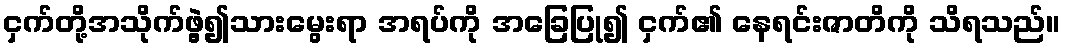
ငှက်တို့အသိုက်ဖွဲ့၍သားမွေးရာ အရပ်ကို အခြေပြု၍ ငှက်၏ နေရင်းဇာတိကို သိရသည်။